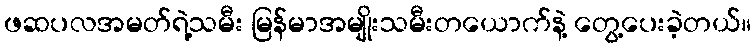
ဖဆပလအမတ်ရဲ့သမီး မြန်မာအမျိုးသမီးတယောက်နဲ့ တွေ့ပေးခဲ့တယ်။